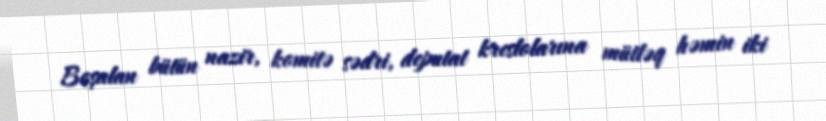
Boşalan bütün nazir, komitə sədri, deputat kreslolarına mütləq həmin iki